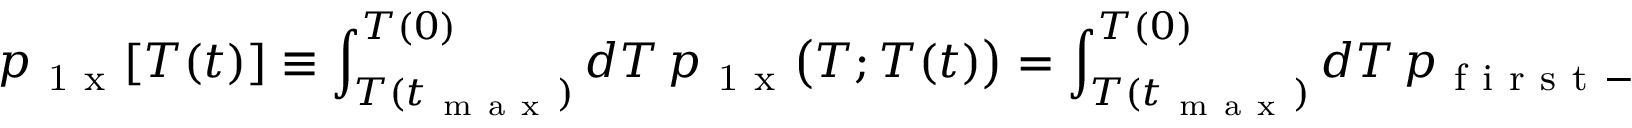
p _ { \mathrm { ~ 1 ~ x ~ } } [ T ( t ) ] \equiv \int _ { T ( t _ { \mathrm { ~ m ~ a ~ x ~ } } ) } ^ { T ( 0 ) } d T \, p _ { \mathrm { ~ 1 ~ x ~ } } \big ( T ; T ( t ) \big ) = \int _ { T ( t _ { \mathrm { ~ m ~ a ~ x ~ } } ) } ^ { T ( 0 ) } d T \, p _ { \mathrm { ~ f ~ i ~ r ~ s ~ t ~ - ~ n ~ u ~ c ~ } } \big ( T ; T ( t ) \big ) \times p _ { \mathrm { ~ n ~ o ~ - ~ s ~ e ~ c ~ - ~ n ~ u ~ c ~ } } \big ( T ; T ( t ) \big ) .